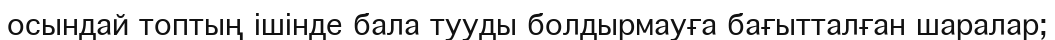
осындай топтың ішінде бала тууды болдырмауға бағытталған шаралар;